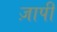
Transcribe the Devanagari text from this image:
ज़ापी